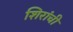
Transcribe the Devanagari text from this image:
शिरांची